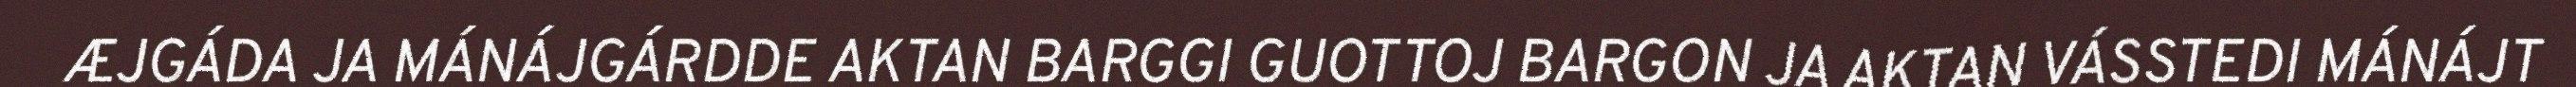
ÆJGÁDA JA MÁNÁJGÁRDDE AKTAN BARGGI GUOTTOJ BARGON JA AKTAN VÁSSTEDI MÁNÁJT